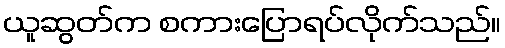
ယူဆွတ်က စကားပြောရပ်လိုက်သည်။